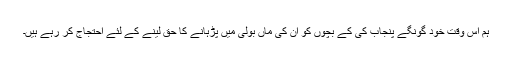
ہم اس وقت خود گونگے پنجاب کی کے بچوں کو ان کی ماں بولی میں پڑہانے کا حق لینے کے لئے احتجاج کر رہے ہیں۔